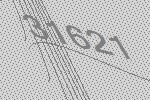
31621